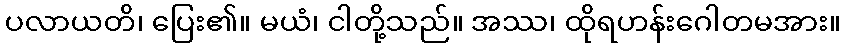
ပလာယတိ၊ ပြေး၏။ မယံ၊ ငါတို့သည်။ အဿ၊ ထိုရဟန်းဂေါတမအား။